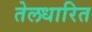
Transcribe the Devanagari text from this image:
तेलधारित